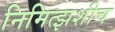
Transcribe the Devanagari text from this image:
निमित्झशीच